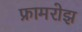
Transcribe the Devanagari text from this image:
फ्रामरोझ